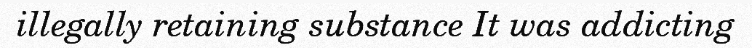
illegally retaining substance It was addicting